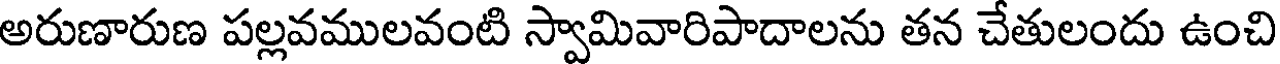
అరుణారుణ పల్లవములవంటి స్వామివారిపాదాలను తన చేతులందు ఉంచి